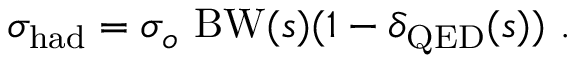
\sigma _ { \mathrm { h a d } } = \sigma _ { o } ~ \mathrm { B W } ( s ) ( 1 - \delta _ { \mathrm { Q E D } } ( s ) ) ~ .